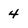
Character: 4